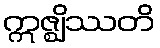
ဣဇ္ဈိဿတိ